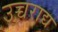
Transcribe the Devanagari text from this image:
उच्चराद्य